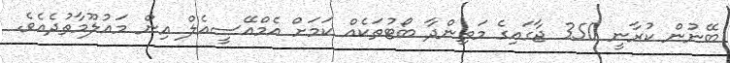
ބޭނުން ކުރާނީ 350 ޖާގައިގެ މަތިންދާ ބޯޓުތަކެއް ކަމަށް އެމްއޭސީއެލް އިން މައުލޫމާތުދެއެވެ.